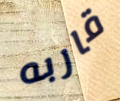
قاربه